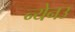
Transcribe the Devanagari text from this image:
न्येनउ